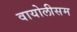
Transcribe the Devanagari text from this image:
वायोलीसम